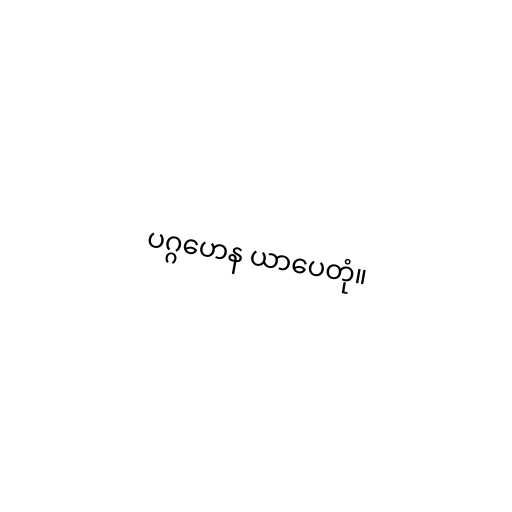
ပဂ္ဂဟေန ယာပေတုံ။